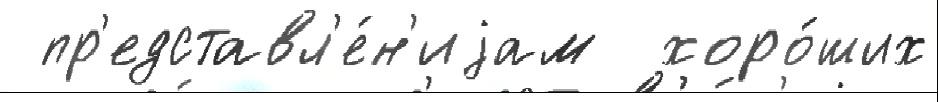
 пр'едставл'е́н'иjам  хоро́ших